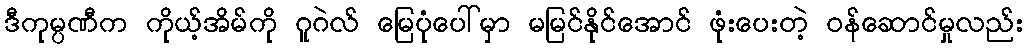
ဒီကုမ္ပဏီက ကိုယ့်အိမ်ကို ဂူဂဲလ် မြေပုံပေါ်မှာ မမြင်နိုင်အောင် ဖုံးပေးတဲ့ ဝန်ဆောင်မှုလည်း